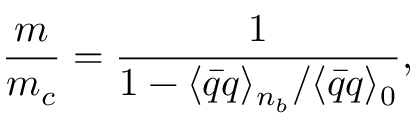
\frac { m } { m _ { c } } = \frac { 1 } { 1 - { \langle \bar { q } q \rangle _ { n _ { b } } } / { \langle \bar { q } q \rangle _ { 0 } } } ,